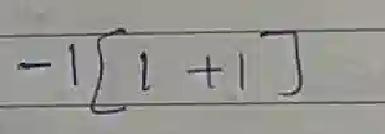
\(-1[1 + 1]\)